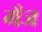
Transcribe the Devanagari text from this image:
गँज